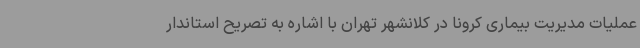
عملیات مدیریت بیماری کرونا در کلانشهر تهران با اشاره به تصریح استاندار